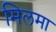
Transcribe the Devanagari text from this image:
मिलमा